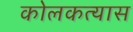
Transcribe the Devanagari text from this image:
कोलकत्यास